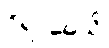
ဝိရာဓေသိ